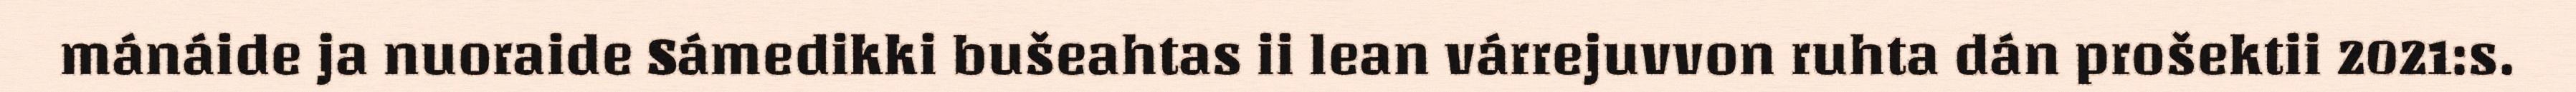
mánáide ja nuoraide Sámedikki bušeahtas ii lean várrejuvvon ruhta dán prošektii 2021:s.